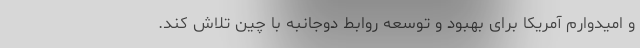
و امیدوارم آمریکا برای بهبود و توسعه روابط دوجانبه با چین تلاش کند.